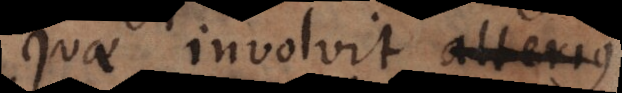
quae involvit alterius